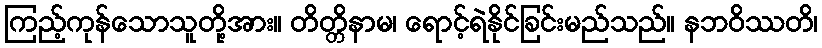
ကြည့်ကုန်သောသူတို့အား။ တိတ္တိနာမ၊ ရောင့်ရဲနိုင်ခြင်းမည်သည်။ နဘဝိဿတိ၊